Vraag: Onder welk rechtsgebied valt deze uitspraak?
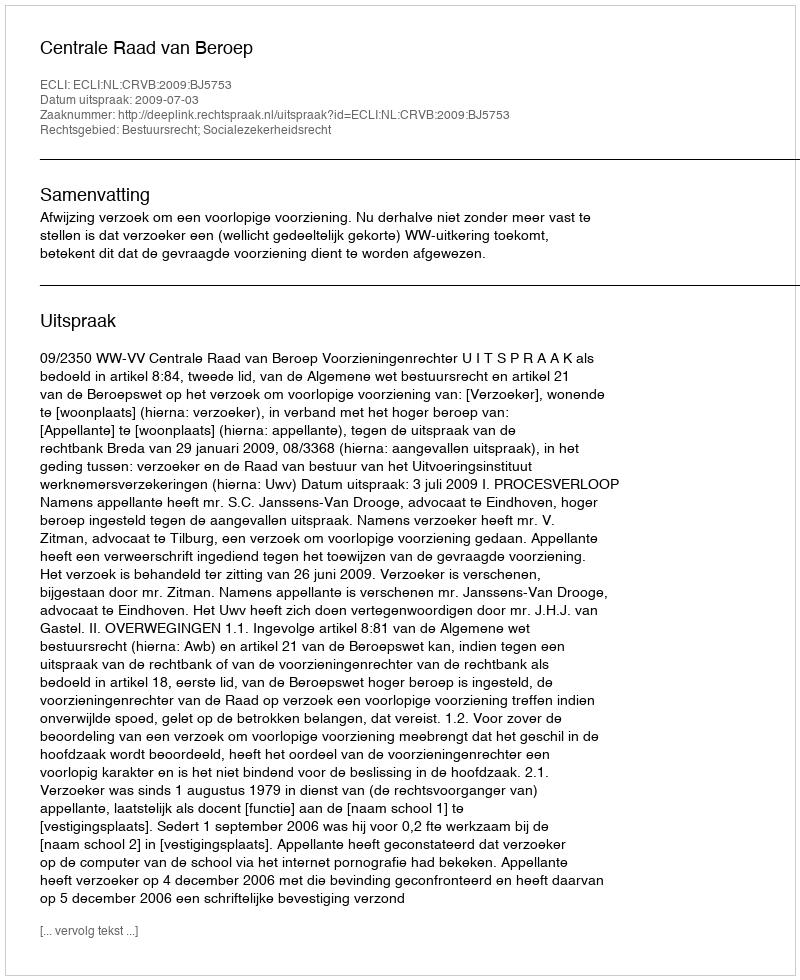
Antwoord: Bestuursrecht; Socialezekerheidsrecht